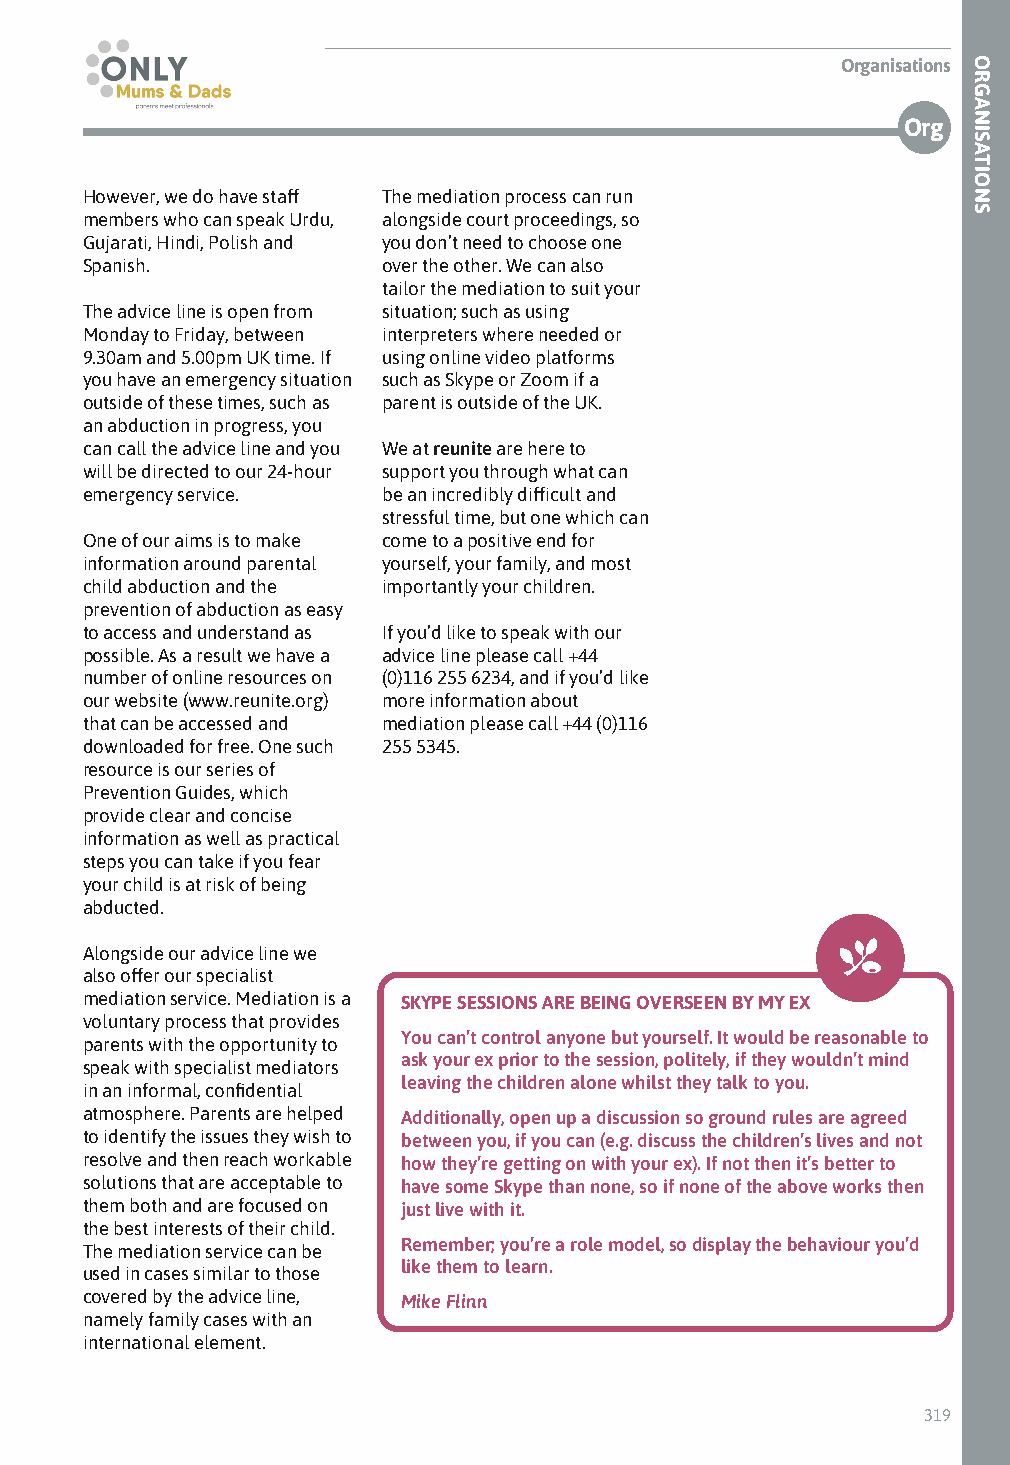
Organisations
 Org
 However, we do have staff The mediation process can run
 members who can speak Urdu, alongside court proceedings, so
 Gujarati, Hindi, Polish and you don’t need to choose one
 Spanish.            over the other. We can also
 tailor the mediation to suit your
 The advice line is open from situation; such as using
 Monday to Friday, between interpreters where needed or
 9.30am and 5.00pm UK time. If using online video platforms
 you have an emergency situation such as Skype or Zoom if a
 outside of these times, such as parent is outside of the UK.
 an abduction in progress, you
 can call the advice line and you We at reunite are here to
 will be directed to our 24-hour support you through what can
 emergency service.  be an incredibly difficult and
 stressful time, but one which can
 One of our aims is to make come to a positive end for
 information around parental yourself, your family, and most
 child abduction and the importantly your children.
 prevention of abduction as easy
 to access and understand as If you’d like to speak with our
 possible. As a result we have a advice line please call +44
 number of online resources on (0)116 255 6234, and if you’d like
 our website (www.reunite.org) more information about
 that can be accessed and mediation please call +44 (0)116
 downloaded for free. One such 255 5345.
 resource is our series of
 Prevention Guides, which
 provide clear and concise
 information as well as practical
 steps you can take if you fear
 your child is at risk of being
 abducted.
 Alongside our advice line we
 also offer our specialist
 mediation service. Mediation is a SKYPE SESSIONS ARE BEING OVERSEEN BY MY EX
 voluntary process that provides
 You can’t control anyone but yourself. It would be reasonable to
 parents with the opportunity to
 ask your ex prior to the session, politely, if they wouldn’t mind
 speak with specialist mediators
 leaving the children alone whilst they talk to you.
 in an informal, confidential
 atmosphere. Parents are helped Additionally, open up a discussion so ground rules are agreed
 to identify the issues they wish to between you, if you can (e.g. discuss the children’s lives and not
 resolve and then reach workable how they’re getting on with your ex). If not then it’s better to
 solutions that are acceptable to have some Skype than none, so if none of the above works then
 them both and are focused on just live with it.
 the best interests of their child.
 Remember; you’re a role model, so display the behaviour you’d
 The mediation service can be
 like them to learn.
 used in cases similar to those
 covered by the advice line, Mike Flinn
 namely family cases with an
 international element.
 319
 ORGANISATIONS